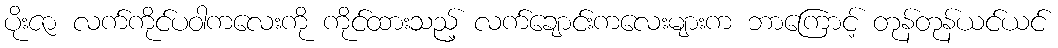
ပိုးဇာ လက်ကိုင်ပဝါကလေးကို ကိုင်ထားသည့် လက်ချောင်းကလေးများက ဘာကြောင့် တုန်တုန်ယင်ယင်